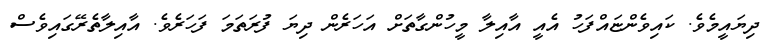
ދިޔައީމެވެ. ކައިވެންޏައްފަހު އެއީ އާއިލާ މީހުންގާތަށް އަހަރެން ދިޔަ ފުރަތަމަ ފަހަރެވެ. އާއިލާތެރޭގައިވެސް